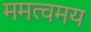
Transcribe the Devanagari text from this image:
ममत्वमय